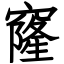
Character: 窿